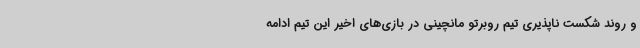
و روند شکست ناپذیری تیم روبرتو مانچینی در بازی‌های اخیر این تیم ادامه